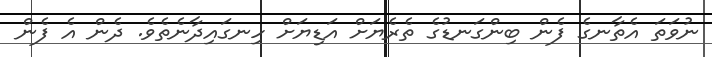
ނުވަތަ އެތާނގެ ފެން ބިންގަނޑުގެ ތެރެޔަށް އަޑިޔަށް ހިނގައިދާނެތެވެ. ދެން އެ ފެން